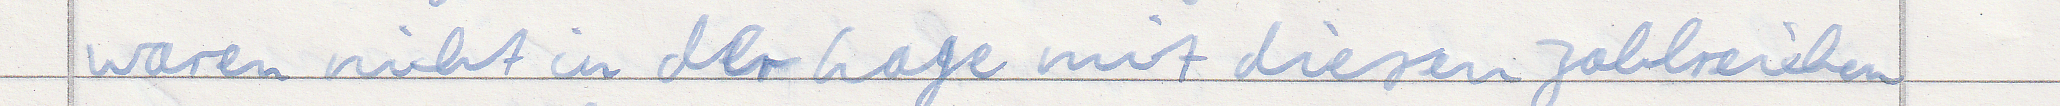
waren nicht in der Lage mit diesen zahlreichen